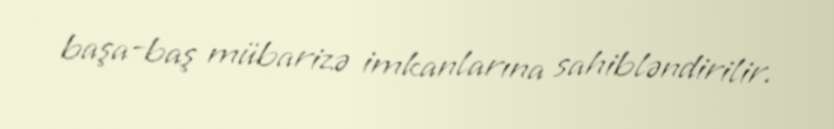
başa-baş mübarizə imkanlarına sahibləndirilir.